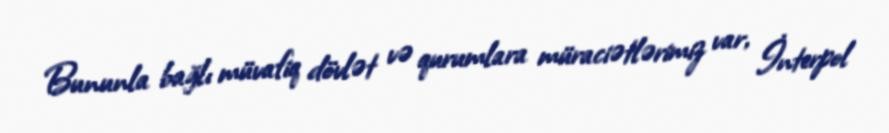
Bununla bağlı müvafiq dövlət və qurumlara müraciətlərimiz var, İnterpol